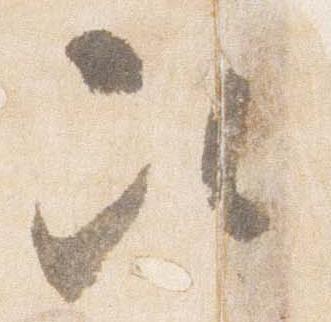
次